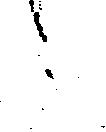
か